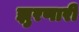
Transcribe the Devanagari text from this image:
झुरणारी